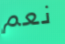
نعم